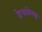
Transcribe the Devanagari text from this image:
ठेचलेल्या